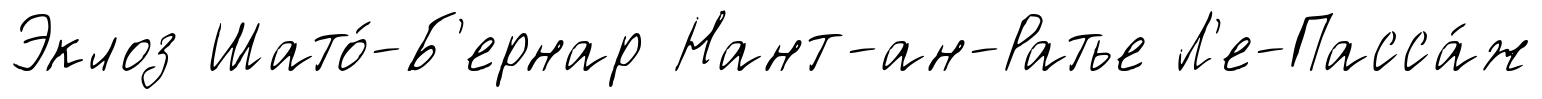
Эклоз Шато́-Б'ернар Нант-ан-Ратье Л'е-Пасса́ж